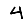
Digit: 4